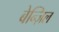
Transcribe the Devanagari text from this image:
बेन्ज़िल